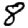
Digit: 8